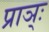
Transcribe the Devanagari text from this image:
प्राञ्ः